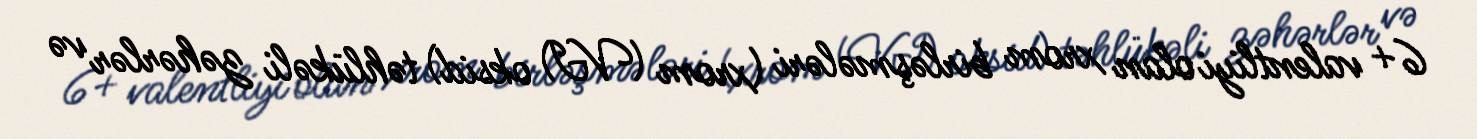
6+ valentliyi olan xrom birləşmələri (xrom (VI) oksid) təhlükəli zəhərlər və